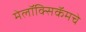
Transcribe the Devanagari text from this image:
मेलॉक्सिकॅमचे